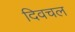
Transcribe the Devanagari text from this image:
दिवचल